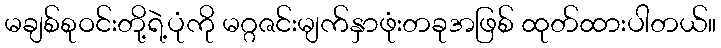
မချစ်စုဝင်းတို့ရဲ့ပုံကို မဂ္ဂဇင်းမျက်နှာဖုံးတခုအဖြစ် ထုတ်ထားပါတယ်။